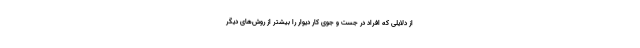
از دلایلی که افراد در جست و جوی کار دیوار را بیشتر از روش‌های دیگر